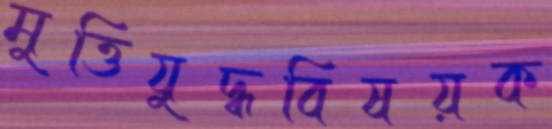
মুত্তিযুদ্ধবিষয়ক